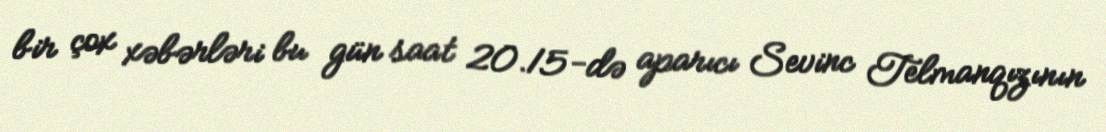
bir çox xəbərləri bu gün saat 20.15-də aparıcı Sevinc Telmanqızının